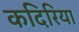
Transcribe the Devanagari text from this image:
कदिरिया